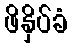
ဖိနှိပ်ခံ